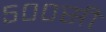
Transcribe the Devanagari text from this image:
५००सी